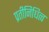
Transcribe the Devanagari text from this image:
प्रतीनिधित्व